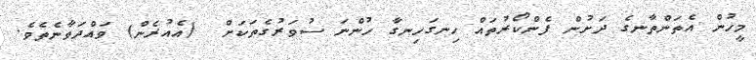
މީހުން އެތަންތާނގެ ދަށުން ފެންކޯރުތައް ހިނގަހިނގާ ހުންނަ ސުވަރުގެތަކަށް  (އެއުރެން) ވައްދަވާނެތެވެ.